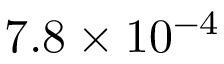
7 . 8 \times 1 0 ^ { - 4 }